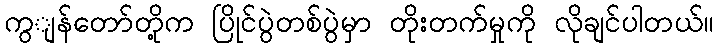
ကွျန်တော်တို့က ပြိုင်ပွဲတစ်ပွဲမှာ တိုးတက်မှုကို လိုချင်ပါတယ်။